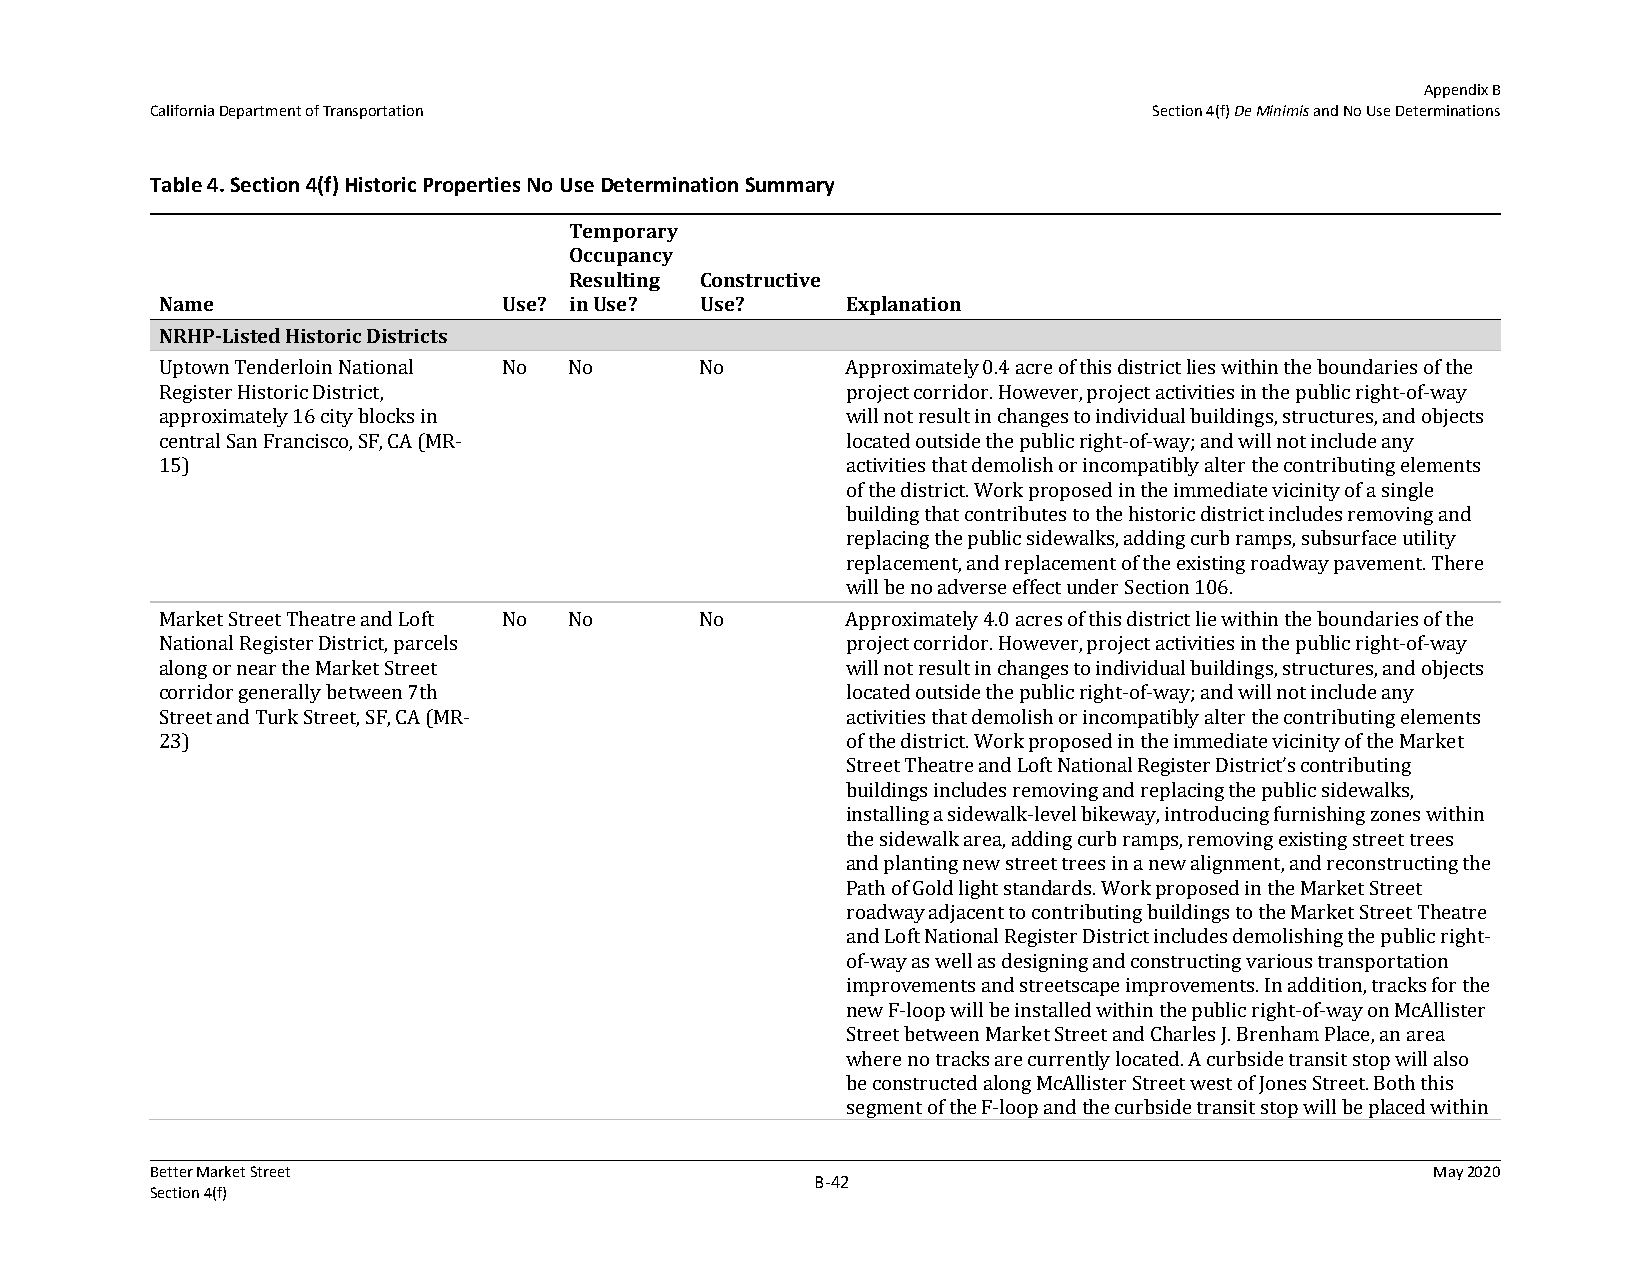
Appendix B
 California Department of Transportation                           Section 4(f) De Minimis and No Use Determinations
 Table 4. Section 4(f) Historic Properties No Use Determination Summary
 Temporary
 Occupancy
 Resulting Constructive
 Name                  Use? in Use? Use?      Explanation
 NRHP‐Listed Historic Districts
 Uptown Tenderloin National No No   No        Approximately 0.4 acre of this district lies within the boundaries of the
 Register Historic District,                  project corridor. However, project activities in the public right-of-way
 approximately 16 city blocks in              will not result in changes to individual buildings, structures, and objects
 central San Francisco, SF, CA (MR-           located outside the public right-of-way; and will not include any
 15)                                          activities that demolish or incompatibly alter the contributing elements
 of the district. Work proposed in the immediate vicinity of a single
 building that contributes to the historic district includes removing and
 replacing the public sidewalks, adding curb ramps, subsurface utility
 replacement, and replacement of the existing roadway pavement. There
 will be no adverse effect under Section 106.
 Market Street Theatre and Loft No No No      Approximately 4.0 acres of this district lie within the boundaries of the
 National Register District, parcels          project corridor. However, project activities in the public right-of-way
 along or near the Market Street              will not result in changes to individual buildings, structures, and objects
 corridor generally between 7th               located outside the public right-of-way; and will not include any
 Street and Turk Street, SF, CA (MR-          activities that demolish or incompatibly alter the contributing elements
 23)                                          of the district. Work proposed in the immediate vicinity of the Market
 Street Theatre and Loft National Register District’s contributing
 buildings includes removing and replacing the public sidewalks,
 installing a sidewalk-level bikeway, introducing furnishing zones within
 the sidewalk area, adding curb ramps, removing existing street trees
 and planting new street trees in a new alignment, and reconstructing the
 Path of Gold light standards. Work proposed in the Market Street
 roadway adjacent to contributing buildings to the Market Street Theatre
 and Loft National Register District includes demolishing the public right-
 of-way as well as designing and constructing various transportation
 improvements and streetscape improvements. In addition, tracks for the
 new F-loop will be installed within the public right-of-way on McAllister
 Street between Market Street and Charles J. Brenham Place, an area
 where no tracks are currently located. A curbside transit stop will also
 be constructed along McAllister Street west of Jones Street. Both this
 segment of the F-loop and the curbside transit stop will be placed within
 Better Market Street                                                                 May 2020
 B‐42
 Section 4(f)